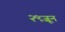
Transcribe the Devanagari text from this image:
२९जून